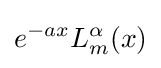
e^{-ax}L_{m}^{\alpha }(x)